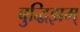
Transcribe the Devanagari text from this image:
बुद्धिझम्